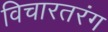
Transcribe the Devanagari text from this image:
विचारतरंग